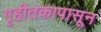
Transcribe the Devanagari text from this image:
गृहीतकापासून